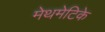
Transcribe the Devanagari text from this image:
मेथमेटिके